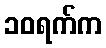
၁၀ရက်က